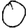
Digit: 0